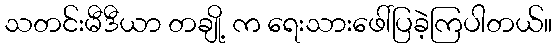
သတင်းမီဒီယာ တချို့ က ရေးသားဖေါ်ပြခဲ့ကြပါတယ်။